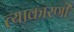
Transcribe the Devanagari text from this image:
त्याकारणी